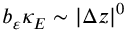
b _ { \varepsilon } \kappa _ { E } \sim \vert \Delta z \vert ^ { 0 }